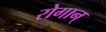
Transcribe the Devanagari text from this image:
रोगान्